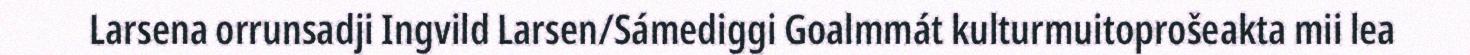
Larsena orrunsadji Ingvild Larsen/Sámediggi Goalmmát kulturmuitoprošeakta mii lea